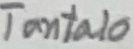
Text: Tantalo